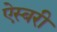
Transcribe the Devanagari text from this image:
ऐस्बरी